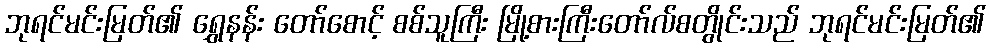
ဘုရင်မင်းမြတ်၏ ရွှေနန်း တော်စောင့် စစ်သူကြီး မြို့စားကြီးတော်လ်စတွိုင်းသည် ဘုရင်မင်းမြတ်၏